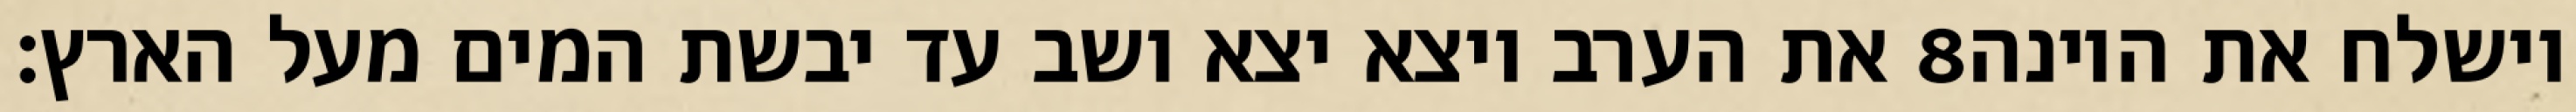
את הערב ויצא יצא ושב עד יבשת המים מעל הארץ׃ ‎8‏ וישלח את היונה